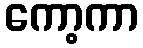
ကော့ကာ